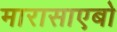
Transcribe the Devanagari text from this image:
मारासाएबो